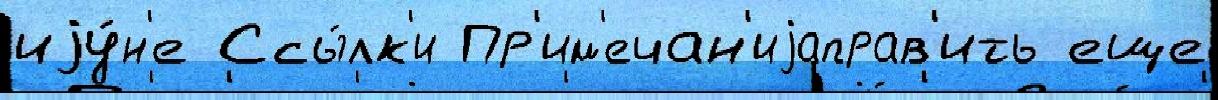
иjу́н'е Ссы́лк'и Пр'им'ечан'иjаправ'ить еще